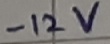
Text: -12V